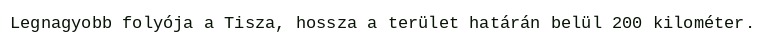
Legnagyobb folyója a Tisza, hossza a terület határán belül 200 kilométer.